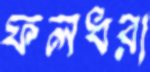
ফলধরা